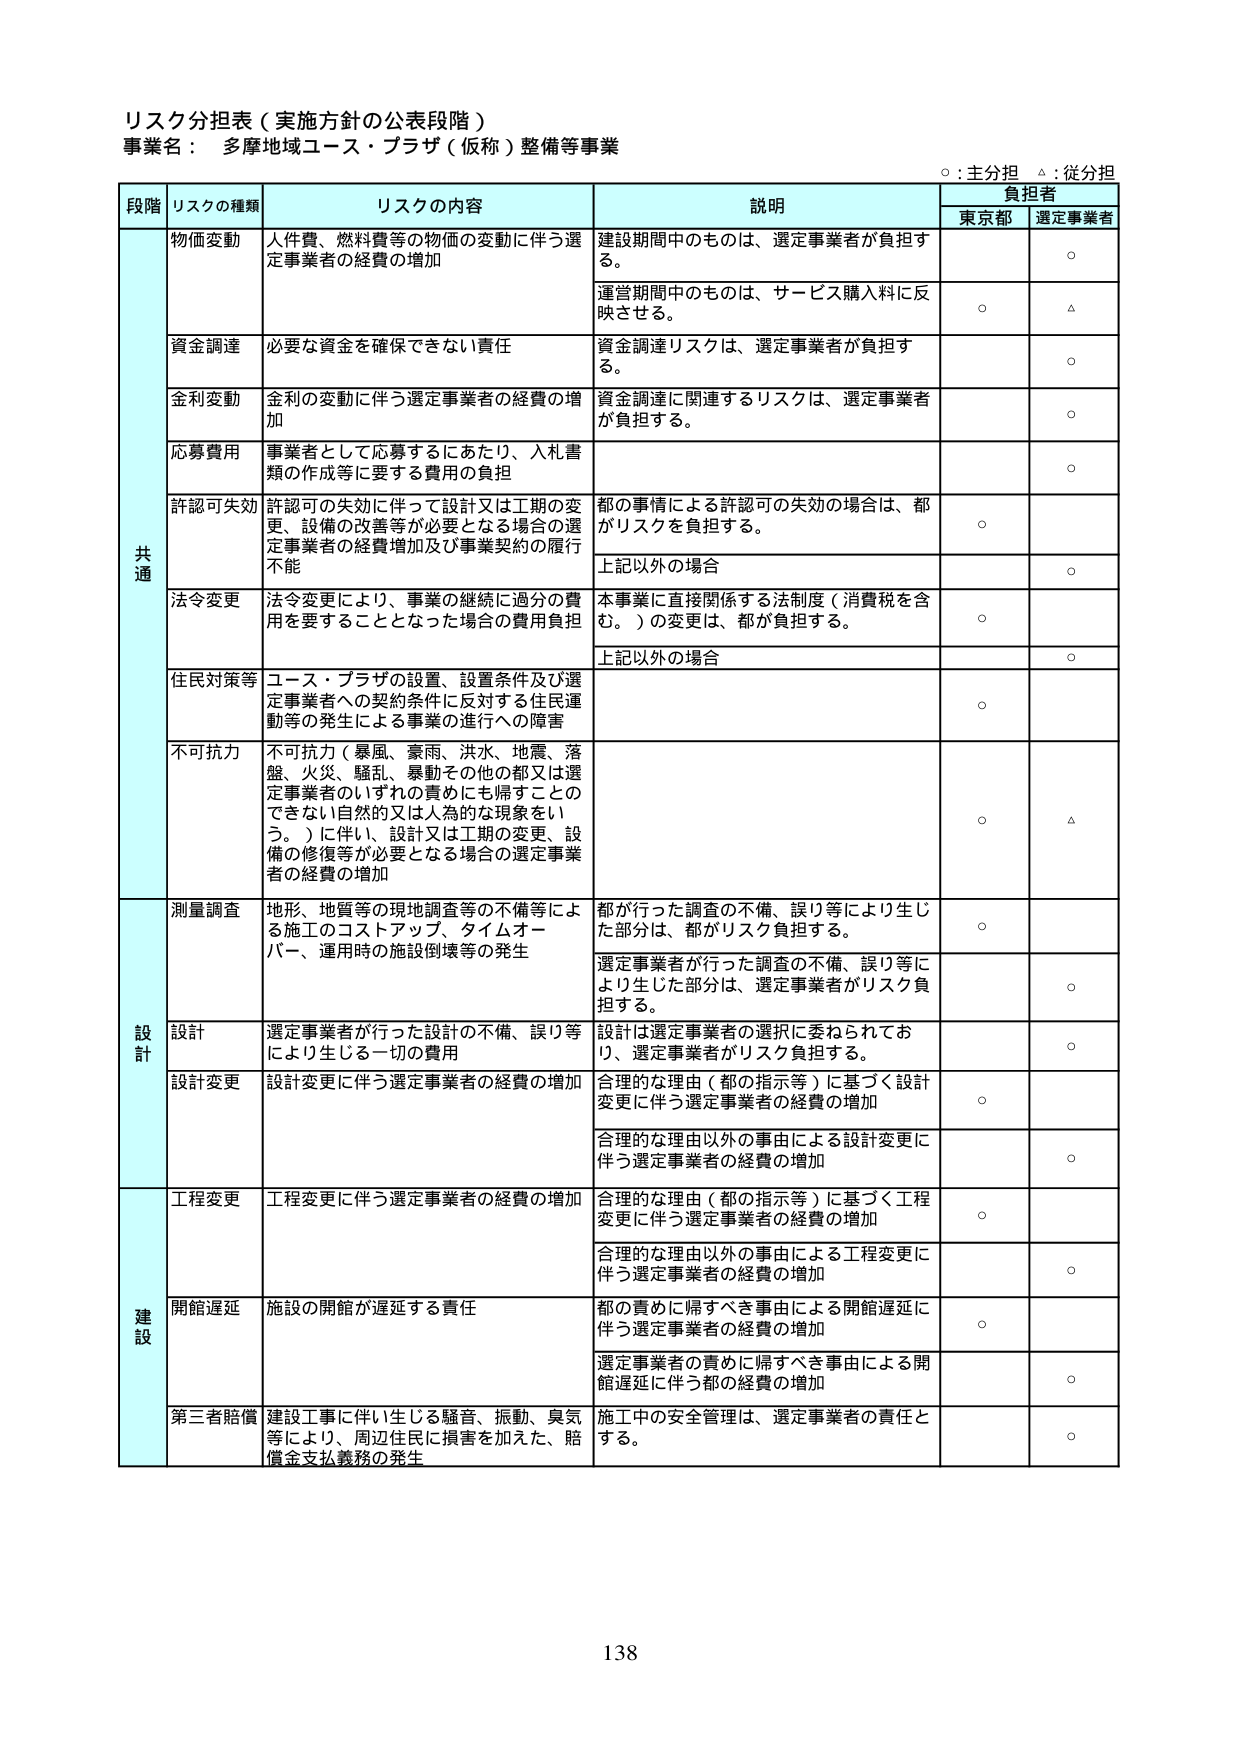
リスク分担表（実施方針の公表段階）
事業名： 多摩地域ユース・プラザ（仮称）整備等事業

○：主分担　△：従分担

段階　リスクの種類　リスクの内容　説明　負担者
　　　　　　　　　　　　　　　　　　　　　東京都　選定事業者

共通
物価変動　人件費、燃料費等の物価の変動に伴う選定事業者の経費の増加
　　　　　建設期間中のものは、選定事業者が負担する。